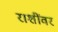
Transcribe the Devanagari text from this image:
राशींवर